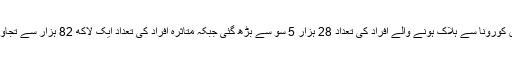
فرانس میں کورونا سے ہلاک ہونے والے افراد کی تعداد 28 ہزار 5 سو سے بڑھ گئی جبکہ متاثرہ افراد کی تعداد ایک لاکھ 82 ہزار سے تجاوز کرگئی ۔